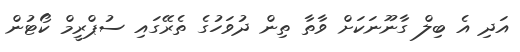
އަދި އެ ބިލް ގާނޫނަކަށް ވާތާ ތިން ދުވަހުގެ ތެރޭގައި ސުޕްރީމް ކޯޓުން